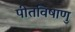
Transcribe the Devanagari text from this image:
पीतविषाणु